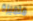
متميزة